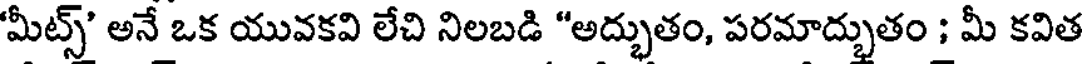
'మీట్స్' అనే ఒక యువకవి లేచి నిలబడి "అద్భుతం, పరమాద్భుతం ; మీ కవిత